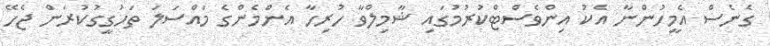
ގެނެސް އެމީހުންނާ އެކު އިންވެސްޓްކުރުމުގައި ޝާމިލްވާ ހުރިހާ އެންމެންގެ މައްސަލަ ތަހުގީގުކުރަން ޖެހޭ